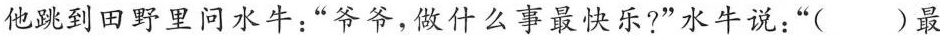
他跳到田野里问水牛：“爷爷，做什么事最快乐?”水牛说：“( )最